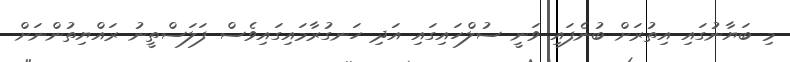
މި ބަޔާނުގައި އިތުރަށް ބުނެފައި ވަނީ ސުލްހައިގައި އަދި ހަނގުރާމައިގައިވެސް ފަލަސްތީނު ރައްޔިތުންނަށް